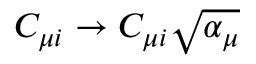
C _ { \mu i } \to C _ { \mu i } \sqrt { \alpha _ { \mu } }